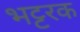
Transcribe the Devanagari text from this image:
भट्टरक